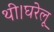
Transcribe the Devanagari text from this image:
थी।घरेलू